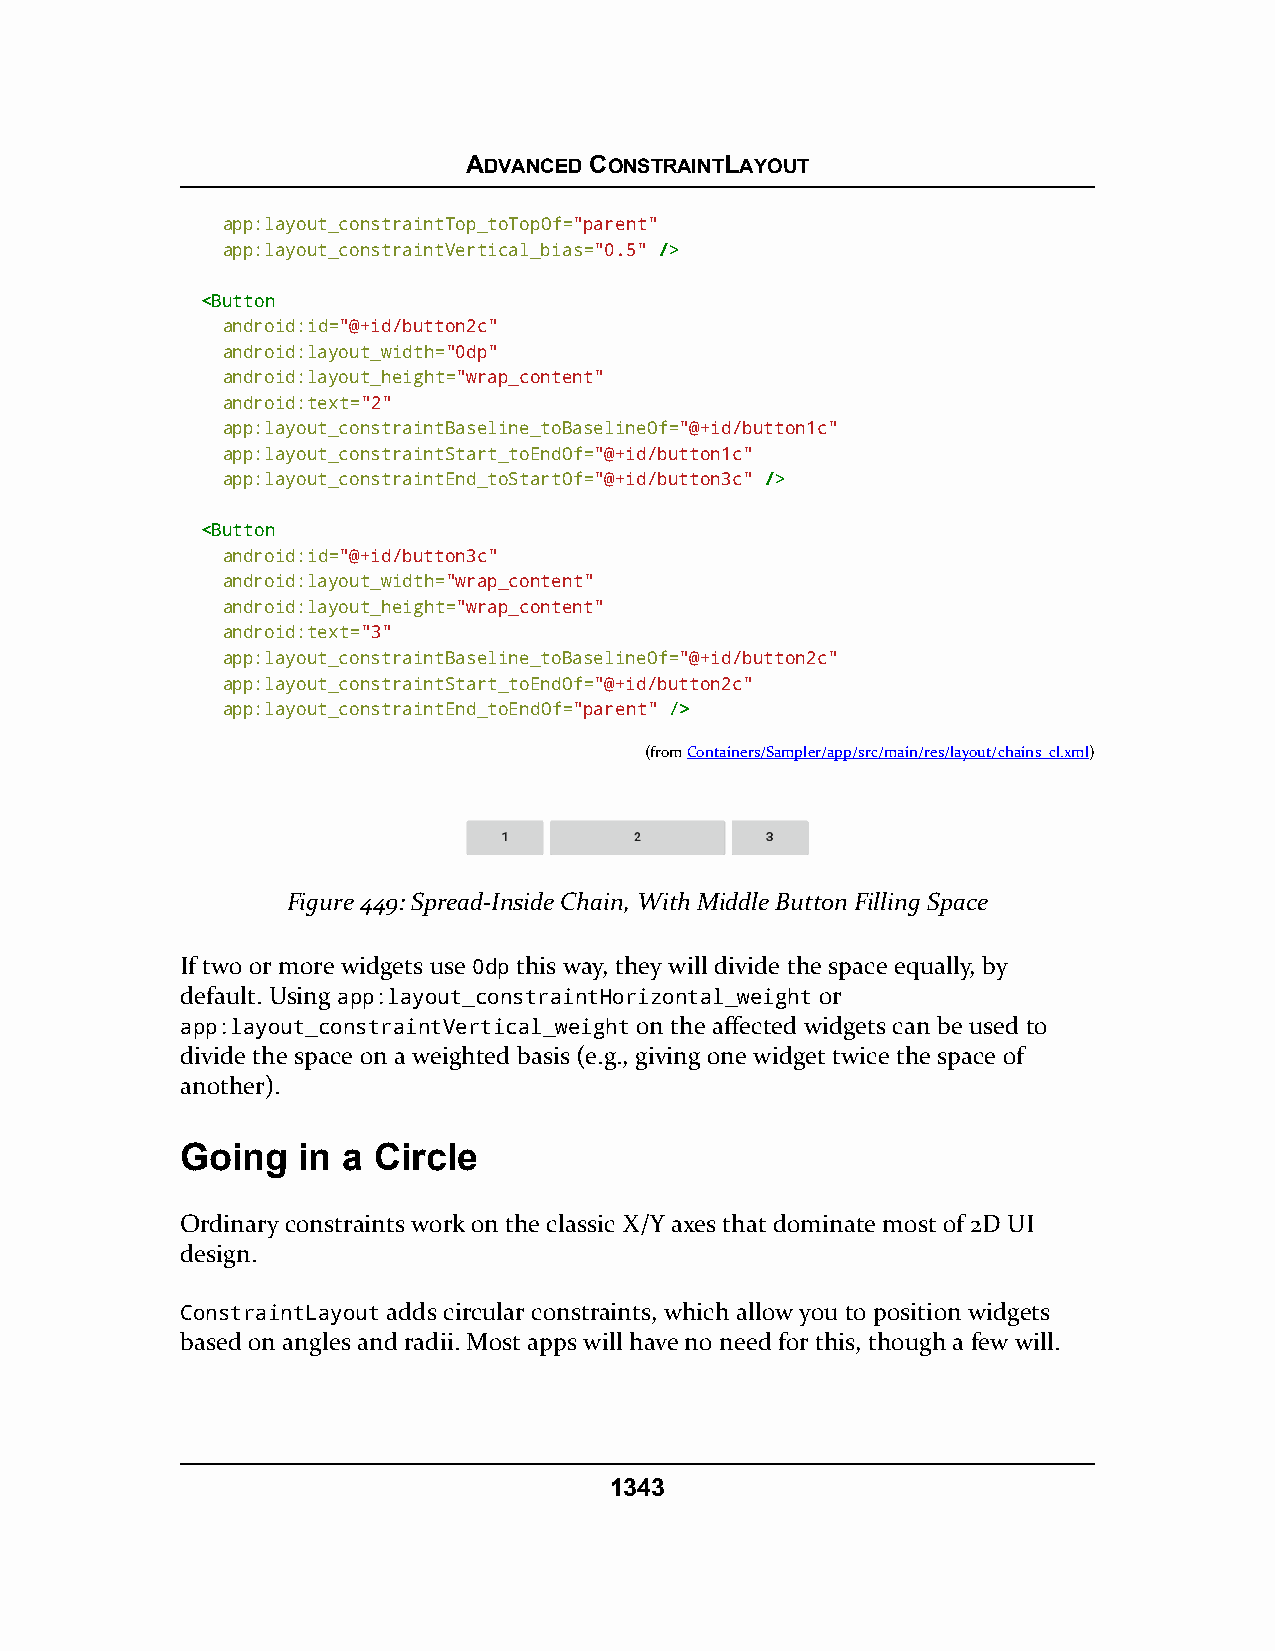
ADVANCED CONSTRAINTLAYOUT
 app:layout_constraintTop_toTopOf="parent"
 app:layout_constraintVertical_bias="0.5" //>>
 <<BBuuttttoonn
 android:id="@+id/button2c"
 android:layout_width="0dp"
 android:layout_height="wrap_content"
 android:text="2"
 app:layout_constraintBaseline_toBaselineOf="@+id/button1c"
 app:layout_constraintStart_toEndOf="@+id/button1c"
 app:layout_constraintEnd_toStartOf="@+id/button3c" //>>
 <<BBuuttttoonn
 android:id="@+id/button3c"
 android:layout_width="wrap_content"
 android:layout_height="wrap_content"
 android:text="3"
 app:layout_constraintBaseline_toBaselineOf="@+id/button2c"
 app:layout_constraintStart_toEndOf="@+id/button2c"
 app:layout_constraintEnd_toEndOf="parent" //>>
 (fromContainers/Sampler/app/src/main/res/layout/chains_cl.xml)
 Figure 449: Spread-Inside Chain, With Middle Button Filling Space
 If two or more widgets use 0dp this way, they will divide the space equally, by
 default. Using app:layout_constraintHorizontal_weight or
 app:layout_constraintVertical_weight on the affected widgets can be used to
 divide the space on a weighted basis (e.g., giving one widget twice the space of
 another).
 Going   in a Circle
 Ordinary constraints work on the classic X/Y axes that dominate most of 2D UI
 design.
 ConstraintLayout adds circular constraints, which allow you to position widgets
 based on angles and radii. Most apps will have no need for this, though a few will.
 1343